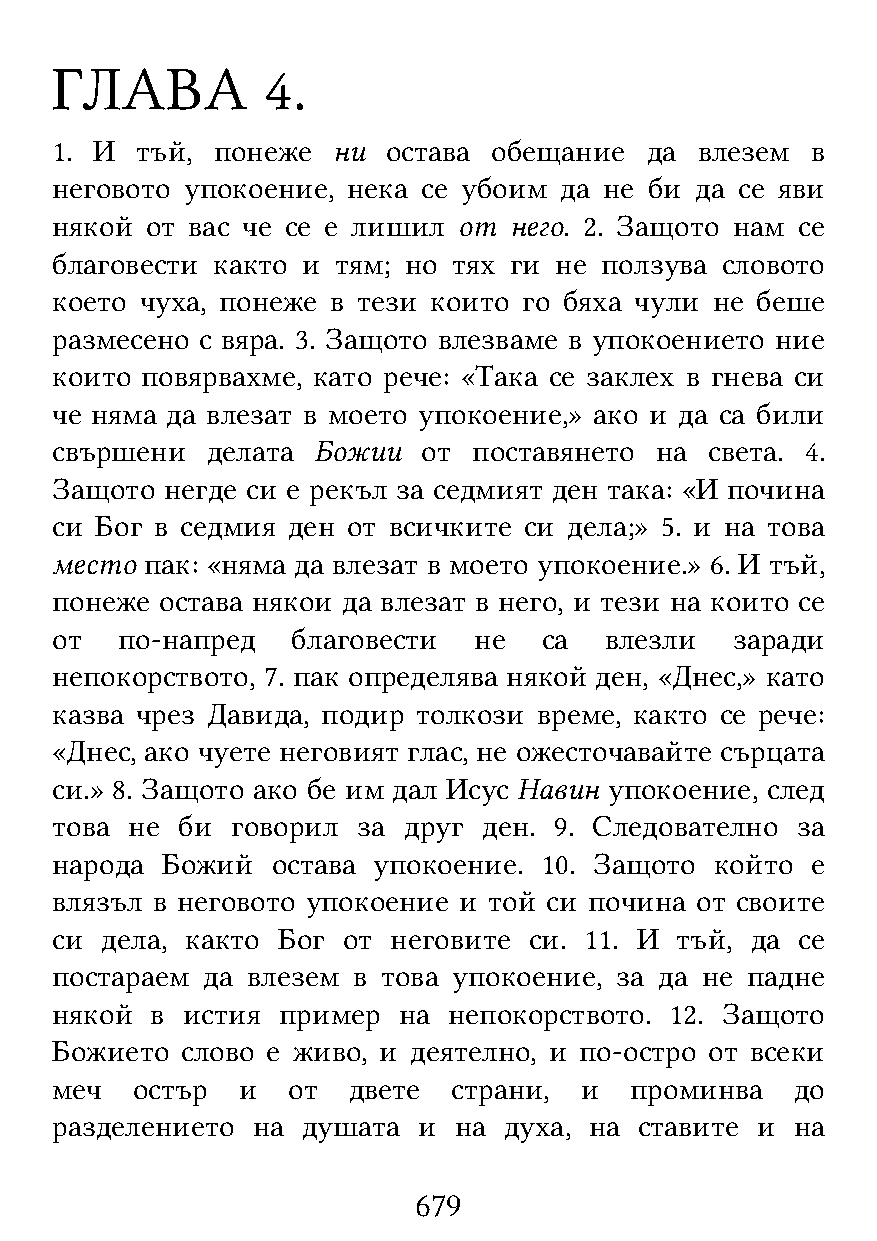
ГЛАВА          4.
 1. И  тъй, понеже  ни  остава обещание  да влезем  в
 неговото упокоение, нека се убоим да не би да се яви
 някой  от вас че се е лишил от него. 2. Защото нам се
 благовести както и тям; но тях ги не ползува словото
 което чуха, понеже в тези които го бяха чули не беше
 размесено с вяра. 3. Защото влезваме в упокоението ние
 които повярвахме, като рече: «Така се заклех в гнева си
 че няма да влезат в моето упокоение,» ако и да са били
 свършени   делата Божии  от поставянето на  света. 4.
 Защото  негде си е рекъл за седмият ден така: «И почина
 си Бог в седмия ден от всичките си дела;» 5. и на това
 место  пак: «няма да влезат в моето упокоение.» 6. И тъй,
 понеже  остава някои да влезат в него, и тези на които се
 от   по-напред  благовести  не   са  влезли   заради
 непокорството, 7. пак определява някой ден, «Днес,» като
 казва чрез Давида, подир толкози време, както се рече:
 «Днес, ако чуете неговият глас, не ожесточавайте сърцата
 си.» 8. Защото ако бе им дал Исус Навин упокоение, след
 това  не би говорил  за друг ден. 9. Следователно за
 народа  Божий  остава упокоение. 10. Защото който  е
 влязъл в неговото упокоение и той си почина от своите
 си  дела, както Бог от неговите си. 11. И тъй, да се
 постараем да влезем в това упокоение, за да не падне
 някой  в истия пример  на  непокорството. 12. Защото
 Божието  слово е живо, и деятелно, и по-остро от всеки
 меч   остър  и  от  двете  страни, и   проминва   до
 разделението  на душата  и на духа, на ставите и  на
 679